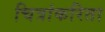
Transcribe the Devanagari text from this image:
चित्रांकरिता